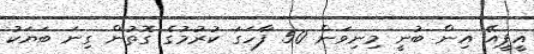
އީޕީއޭ އިން ބުނީ މިނިވަން 50 ފާހަގަ ކުރުމުގެ ގޮތުން ގިނަ ބަޔަކު